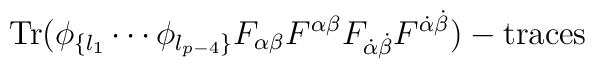
\hbox{Tr}(\phi_{\{l_1}\cdots\phi_{l_{p-4}\}}F_{\alpha\beta}F^{\alpha \beta}F_{\dot\alpha \dot\beta}F^{\dot\alpha\dot\beta})-\hbox{traces}